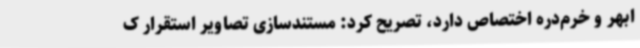
ابهر و خرم‌دره اختصاص دارد، تصریح کرد: مستندسازی تصاویر استقرار ک